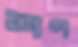
শণ